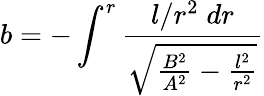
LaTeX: b=-\int^{r}\frac{l/r^{2}\; dr}{\sqrt{\frac{B^{2}}{A^{2}}-\frac{l^{2}}{r^{2}}}}